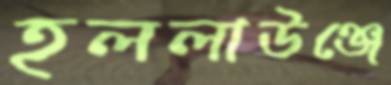
হললাউঞ্জে